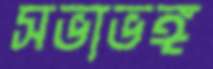
সভাভঙ্গ